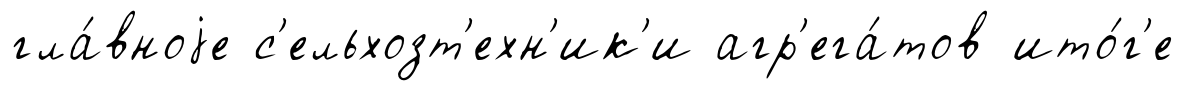
гла́вноjе с'ельхозт'ехн'ик'и агр'ега́тов ито́г'е